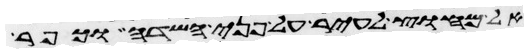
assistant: אל מחוץ לעיר על פני השדה וכפר